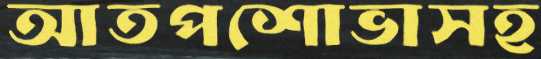
আতপশোভাসহ